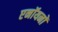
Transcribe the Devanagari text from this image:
एनॉयनों